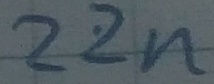
Text: 22n